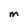
Character: M